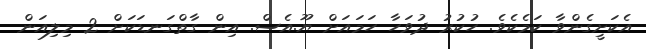
އެކަށީގެންވާ ކަމެކެވެ. ހުކުރު ދުވަހާ ހަމައަށް ޔޫ.އެސް. އިން ގާތްގަނޑަކަށް 2 މިލިއަން